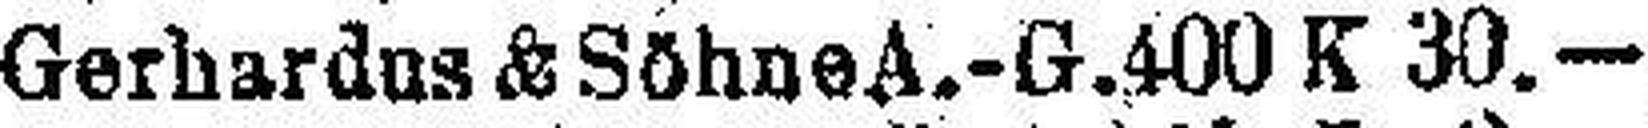
Gerbardus & Söhne A.-G. 400 K 30.—